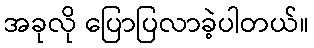
အခုလို ပြောပြလာခဲ့ပါတယ်။